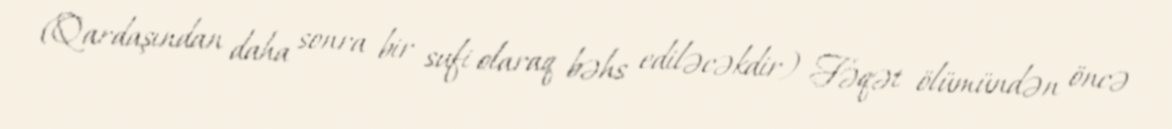
(Qardaşından daha sonra bir sufi olaraq bəhs ediləcəkdir) Fəqət ölümündən öncə